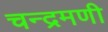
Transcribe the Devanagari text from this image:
चन्द्रमणी